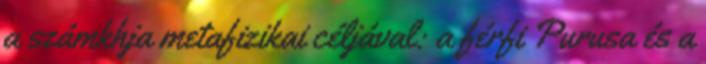
a számkhja metafizikai céljával: a férfi Purusa és a